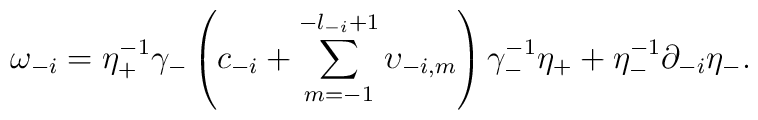
\omega_{-i} = \eta_+^{-1} \gamma_- \left(c_{-i} + \sum_{m =-1}^{-l_{-i}+ 1} \upsilon_{-i, m} \right) \gamma_-^{-1} \eta_+ + \eta_-^{-1}\partial_{-i} \eta_-.